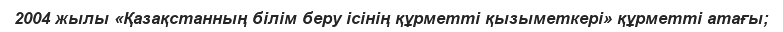
2004 жылы «Қазақстанның білім беру ісінің құрметті қызыметкері» құрметті атағы;